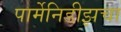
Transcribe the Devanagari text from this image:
पार्मेनिडीझचा